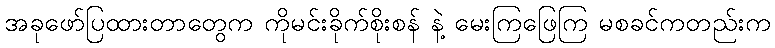
အခုဖော်ပြထားတာတွေက ကိုမင်းခိုက်စိုးစန် နဲ့ မေးကြဖြေကြ မစခင်ကတည်းက